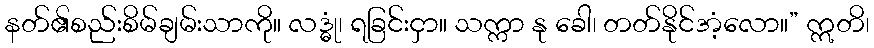
နတ်၏စည်းစိမ်ချမ်းသာကို။ လဒ္ဓုံ၊ ရခြင်းငှာ။ သက္ကာ နု ခေါ၊ တတ်နိုင်အံ့လော။” ဣတိ၊